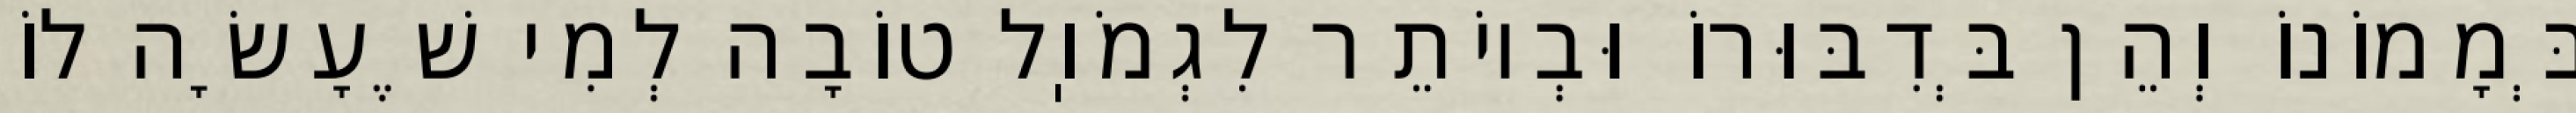
בְּמָמוֹנוֹ וְהֵן בְּדִבּוּרוֹ וּבְיוֹתֵר לִגְמֹוֽל טוֹבָה לְמִי שֶׁעָשָׂה לוֹ